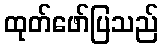
ထုတ်ဖော်ပြသည်